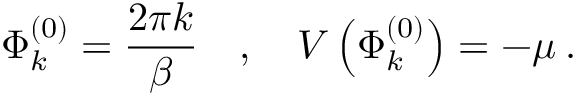
\Phi _ { k } ^ { ( 0 ) } = \frac { 2 \pi k } { \beta } \quad , \quad V \left( \Phi _ { k } ^ { ( 0 ) } \right) = - \mu \: .